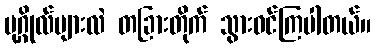
ပုဂ္ဂိုလ်များလဲ တခြားတိုက် သွားဝင်ကြပါတယ်။